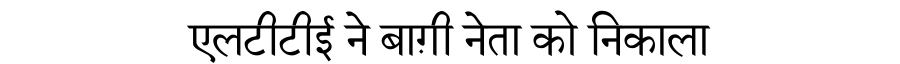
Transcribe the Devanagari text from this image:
एलटीटीई ने बाग़ी नेता को निकाला